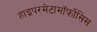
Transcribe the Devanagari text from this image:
हाइपरमेटामॉर्फ़ोसिस